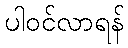
ပါဝင်လာရန်